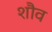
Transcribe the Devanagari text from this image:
शौव